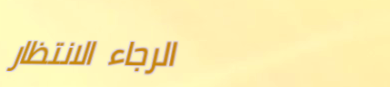
الرجاء الانتظار